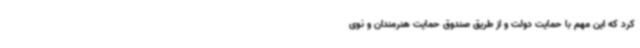
کرد که این مهم با حمایت دولت و از طریق صندوق حمایت هنرمندان و نوی